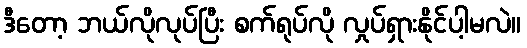
ဒီတော့ ဘယ်လိုလုပ်ပြီး စက်ရုပ်လို လှုပ်ရှားနိုင်ပါ့မလဲ။